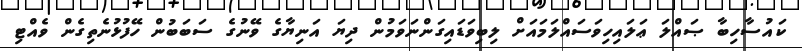
ކައުސާހިބާ ޞައްލަ ޢަލައިހިވަސައްލަމައަށް ލިބިވަޑައިގަންނަވަމުން ދިޔަ އަނިޔާގެ ވޭނުގެ ސަބަބުން ހޭފުޅުނެތިގެން ވެއްޓި